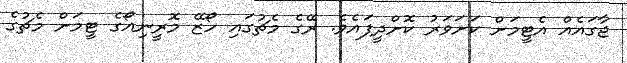
ޖާގައެއް އެޓީމަށް ކަށަވަރު ކޮށްދީފައެވެ. ރޭގެ މެޗުގައި ހޯޒޭ މޮރީނިއޯގެ ޓީމަށް މެޗުގެ